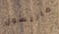
ماريسول